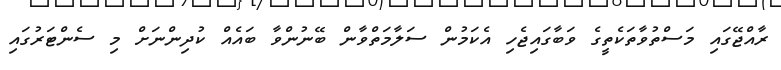
ރާއްޖޭގައި މަސްތުވާތަކެތީގެ ވަބާގައިޖެހި އެކަމުން ސަލާމަތްވާން ބޭނުންވާ ބައެއް ކުދިންނަށް މި ސެންޓަރުގައި